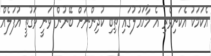
އެކަމަކު އެކަނިވެރި އެ މާހައުލުގައި ތިބި ކުދިންނަށް ބޭނުން ވަނީ ވަގުތީ އުފަލެއް